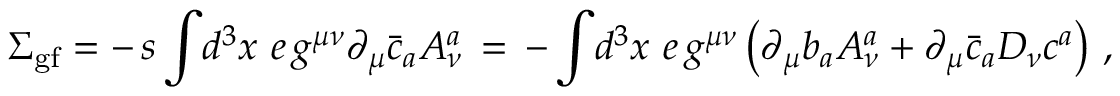
\Sigma _ { \mathrm { g f } } = - \, s \, \displaystyle { \int } d ^ { 3 } x \, \, e \, g ^ { \mu \nu } \partial _ { \mu } \bar { c } _ { a } A _ { \nu } ^ { a } \, = \, - \, \displaystyle { \int } d ^ { 3 } x \, \, e \, g ^ { \mu \nu } \left( \partial _ { \mu } b _ { a } A _ { \nu } ^ { a } + \partial _ { \mu } \bar { c } _ { a } D _ { \nu } c ^ { a } \right) \, ,